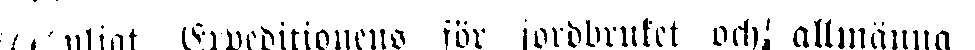
Enligt Expeditionens för jordbruket och allmänna